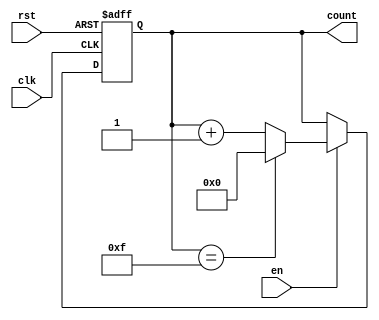
module multi_bit_counter #(
    parameter N = 4  // Parameter to define the bit width of the counter
)(
    input wire clk,      // Clock signal
    input wire rst,      // Asynchronous reset signal
    input wire en,       // Enable signal
    output reg [N-1:0] count // N-bit counter output
);

// Maximum value for the counter
localparam MAX_COUNT = (1 << N) - 1; // 2^N - 1

// Always block for counter logic
always @(posedge clk or posedge rst) begin
    if (rst) begin
        count <= 0; // Reset the counter to 0
    end else if (en) begin
        if (count == MAX_COUNT) begin
            count <= 0; // Wrap around to 0
        end else begin
            count <= count + 1; // Increment the counter
        end
    end
end

endmodule